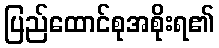
ပြည်ထောင်စုအစိုးရ၏